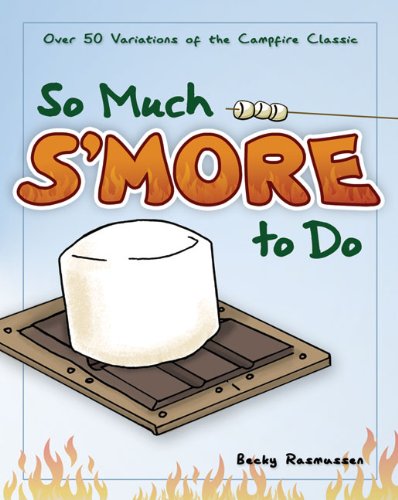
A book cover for So Much S'more to Do: Over 50 Variations of the Campfire Classic; Becky Rasmussen; Cookbooks, Food & Wine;